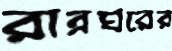
রান্নঘরের